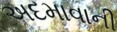
અદમાવાની